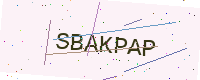
Text: SBAKPAP